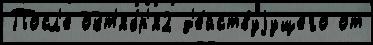
Посл'е окт'ябр'я2 д'е́йствуjущего от